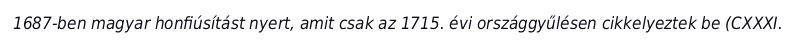
1687-ben magyar honfiúsítást nyert, amit csak az 1715. évi országgyűlésen cikkelyeztek be (CXXXI.